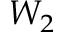
W _ { 2 }